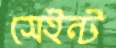
সেইন্ট